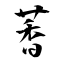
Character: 萫